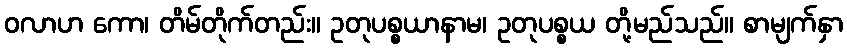
ဝလာဟ ကော၊ တိမ်တိုက်တည်း။ ဥတုပစ္စယာနာမ၊ ဥတုပစ္စယ တို့မည်သည်။ စာမျက်နှာ